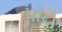
પૉટ